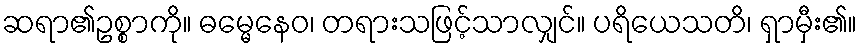
ဆရာ၏ဥစ္စာကို။ ဓမ္မေနေဝ၊ တရားသဖြင့်သာလျှင်။ ပရိယေသတိ၊ ရှာမှီး၏။